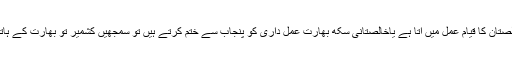
اب اگر خالصتان کا قیام عمل میں آتا ہے یاخالصتانی سکھ بھارت عمل داری کو پنجاب سے ختم کرتے ہیں تو سمجھیں کشمیر تو بھارت کے ہاتھ سے گیا۔